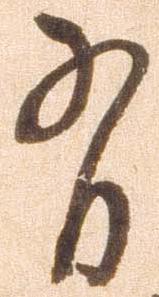
有